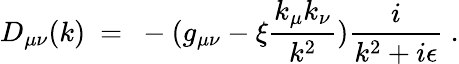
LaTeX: D_{\mu\nu}(k)\ =\ -(g_{\mu\nu}-\xi\frac{k_{\mu}k_{\nu}}{k^{2}})\frac{i}{k^{2}+i\epsilon}\ .